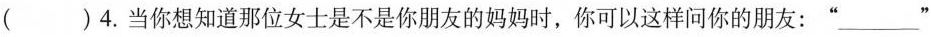
( ) 4. 当你想知道那位女士是不是你朋友的妈妈时,你可以这样问你的朋友:“___”